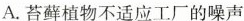
A.苔藓植物不适应工厂的噪声